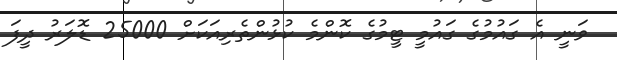
ވަނީ އެ ގައުމުގެ ގައުމީ ޓީމުގެ ކޮންމެ ކުޅުންތެރިއަކަށް 25000 ޑޮލަރު ދީފަ